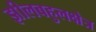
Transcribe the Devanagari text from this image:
झीलबहुलक्षेत्र